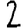
Digit: 2